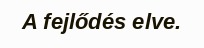
A fejlődés elve.